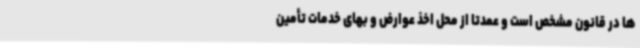
ها در قانون مشخص است و عمدتاً از محل اخذ عوارض و بهای خدمات تأمین